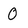
Character: 0